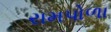
રામપોળા